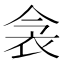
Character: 衾